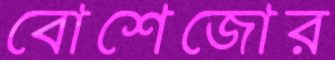
বোশেজোর